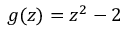
g ( z ) = z ^ { 2 } - 2